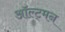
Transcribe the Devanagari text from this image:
ऑल्ट्मन